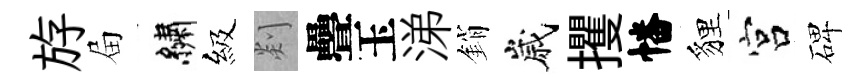
斿屇繡級剡疊玉涕銷嵗攫幡貍宫碑